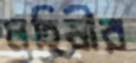
মহিষীর